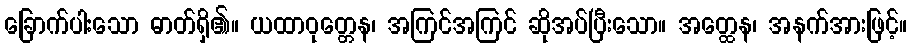
ခြောက်ပါးသော ဓာတ်ရှိ၏။ ယထာဝုတ္တေန၊ အကြင်အကြင် ဆိုအပ်ပြီးသော။ အတ္ထေန၊ အနက်အားဖြင့်။